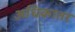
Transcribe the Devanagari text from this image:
अधिकातर